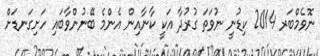
ނޮވެމްބަރ 2014 ކިޑުނީ ނުވަތަ ގުރުދާ އަކީ ކާނާއިން އެންމެ ބޭނުންވާބައި ހަށިގަނޑަށް